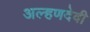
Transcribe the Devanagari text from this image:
अल्हणदेवी